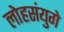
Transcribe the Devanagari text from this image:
लोहसंयुगे